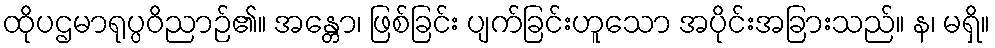
ထိုပဌမာရုပ္ပဝိညာဉ်၏။ အန္တော၊ ဖြစ်ခြင်း ပျက်ခြင်းဟူသော အပိုင်းအခြားသည်။ န၊ မရှိ။